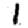
Digit: 1